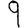
Digit: 9